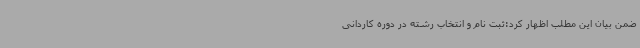
ضمن بیان این مطلب اظهار کرد:ثبت نام و انتخاب رشته در دوره کاردانی